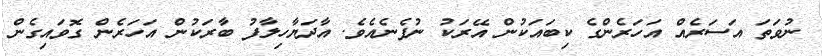
ނުވަތަ އަސަރެއް އަހަރެންގެ ކިބައަކުން އޭރަކު ނުފެނެއެވެ. އާދަޔާހިލާފު ބާރަކުން އަހަރެން ގޮވައިގެން